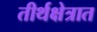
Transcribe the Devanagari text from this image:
तीर्थक्षेत्रात